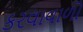
કરવાવાળો